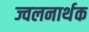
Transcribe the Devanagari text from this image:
ज्वलनार्थक